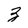
Character: Z